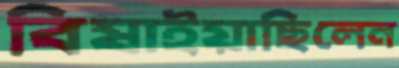
বিষাইয়াছিলেন